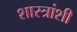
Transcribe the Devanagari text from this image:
शास्त्रांशी